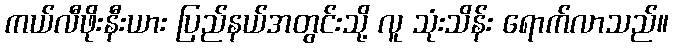
ကယ်လီဖိုးနီးယား ပြည်နယ်အတွင်းသို့ လူ သုံးသိန်း ရောက်လာသည်။